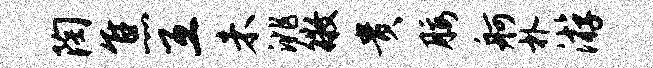
陶焦互未洮徵贵腰舸朴游